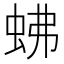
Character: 𧉸